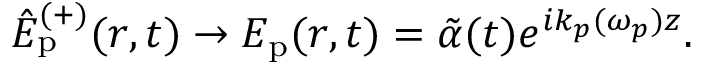
\hat { E } _ { \mathrm { p } } ^ { ( + ) } ( r , t ) \rightarrow E _ { \mathrm { p } } ( r , t ) = \tilde { \alpha } ( t ) e ^ { i k _ { p } ( \omega _ { p } ) z } .